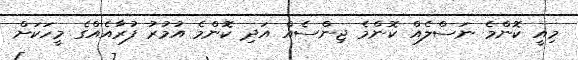
މިއީ ކޮންމެ ނަސްލެއް ކޮންމެ ޖިންސެއް އަދި ކޮންމެ އުމުރު ފުރާއެއްގެ މީހަކަށް